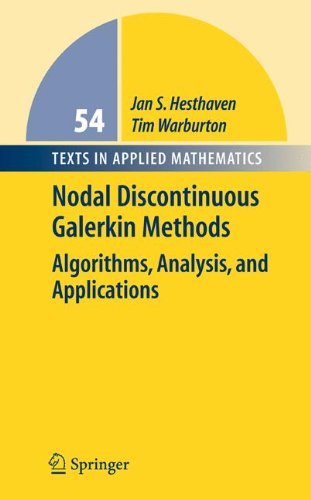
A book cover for Nodal Discontinuous Galerkin Methods: Algorithms, Analysis, and Applications (Texts in Applied Mathematics); Jan S. Hesthaven; Science & Math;